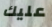
عليك